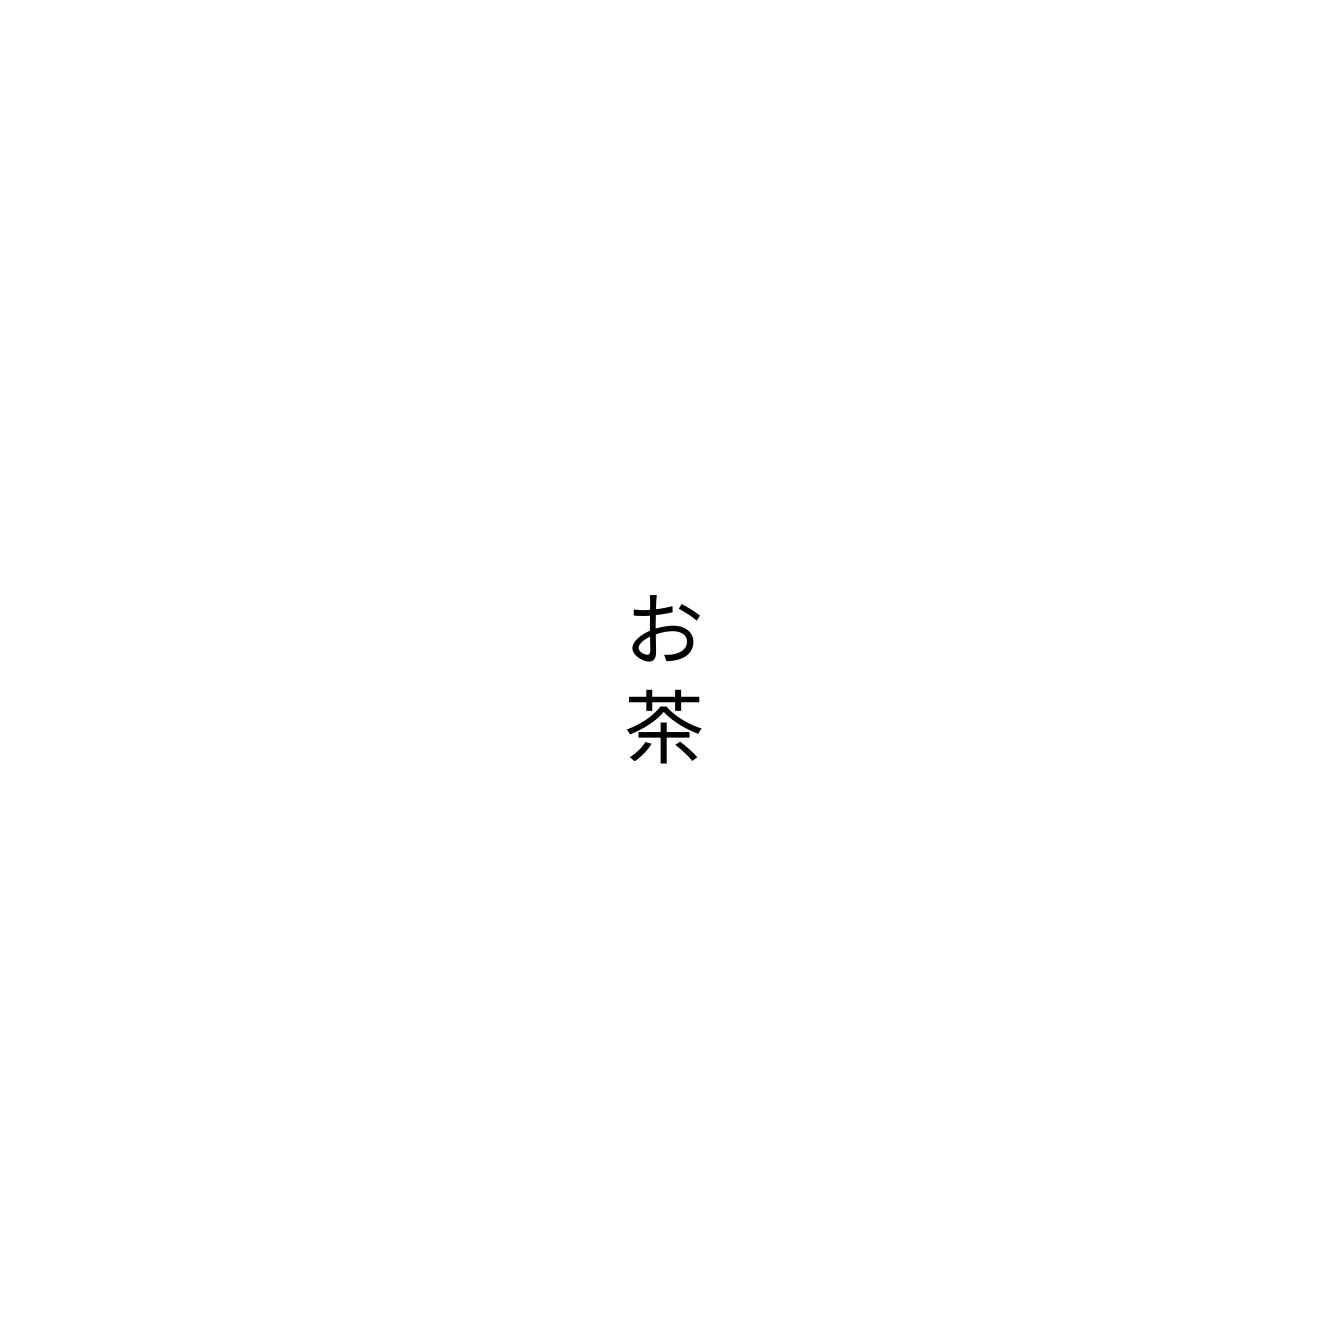
お茶